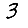
Digit: 3